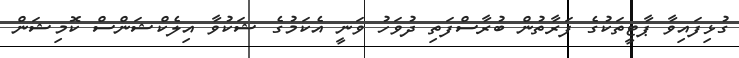
ގުޅިފައިވާ ޕާޓީތަކުގެ ފަރާތުން ބުރާސްފަތި ދުވަހު ވަނީ އެކަމުގެ ޝަކުވާ އިލެކްޝަންސް ކޮމިޝަން